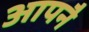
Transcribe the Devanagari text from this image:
आपनै